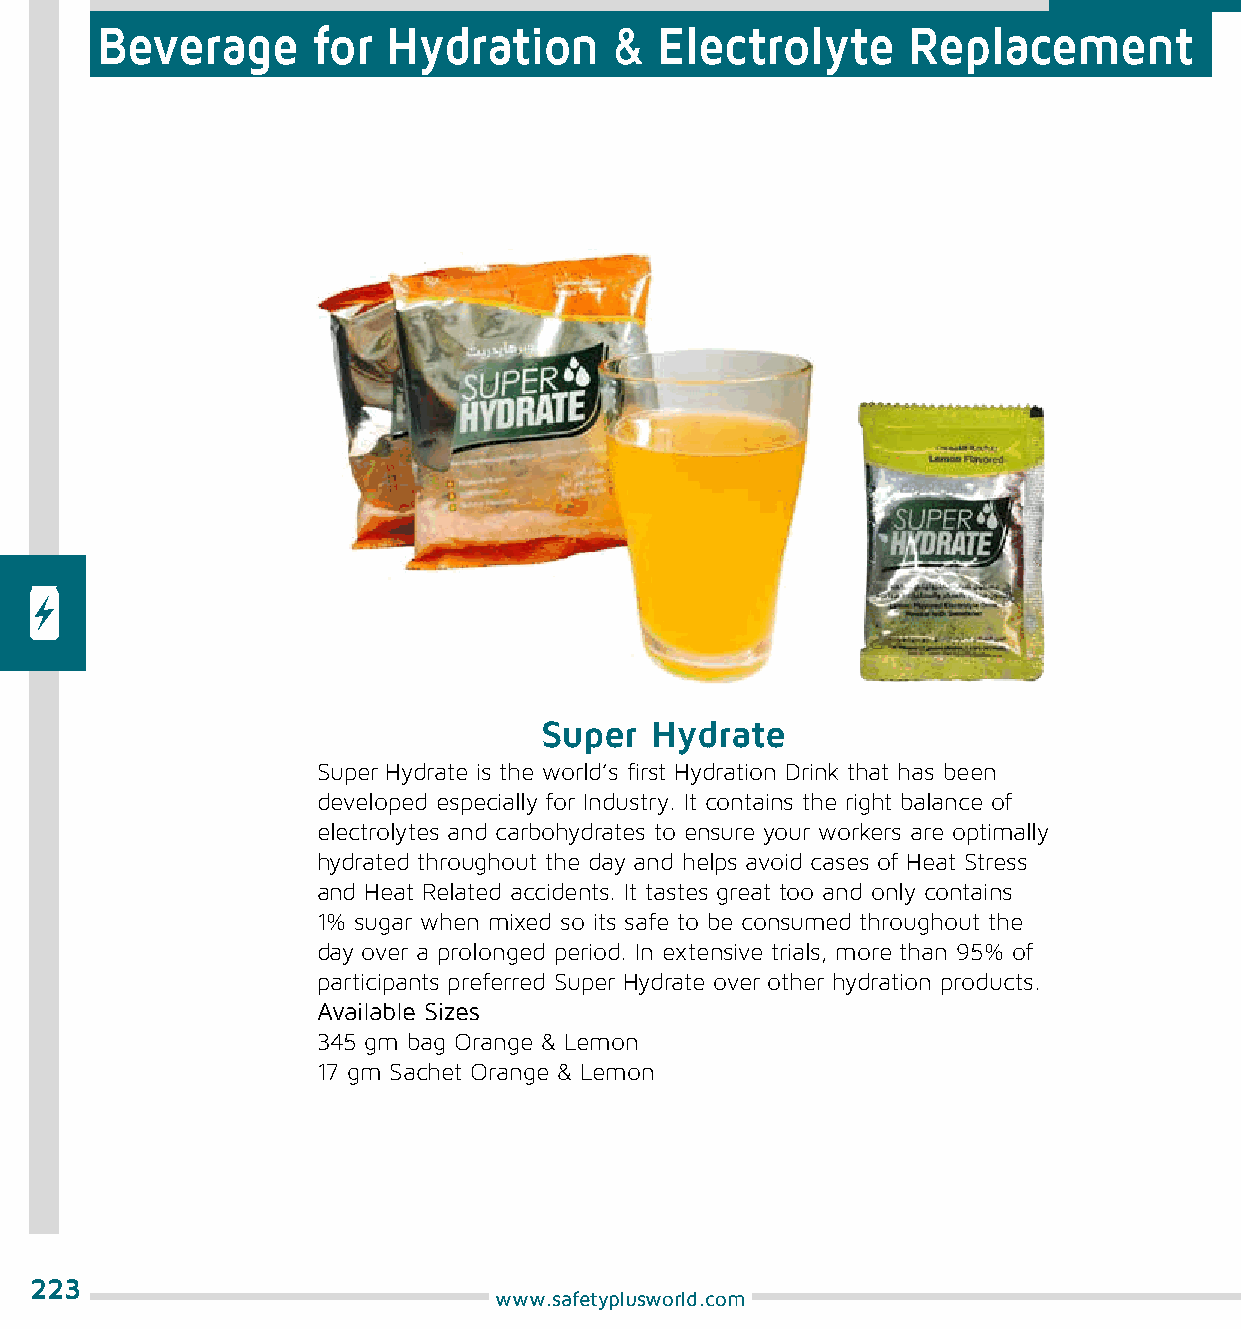
Beverage       for  Hydration      & Electrolyte      Replacement
 Super  Hydrate
 Super Hydrate is the world’s first Hydration Drink that has been
 developed especially for Industry. It contains the right balance of
 electrolytes and carbohydrates to ensure your workers are optimally
 hydrated throughout the day and helps avoid cases of Heat Stress
 and Heat Related accidents. It tastes great too and only contains
 1% sugar when mixed so its safe to be consumed throughout the
 day over a prolonged period. In extensive trials, more than 95% of
 participants preferred Super Hydrate over other hydration products.
 Available Sizes
 345 gm bag Orange & Lemon
 17 gm Sachet Orange & Lemon
 223
 www.safetyplusworld.com